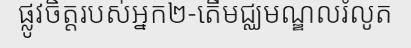
ផ្លូវចិត្តរបស់អ្នក២-តើមជ្ឈមណ្ឌលរំលូត